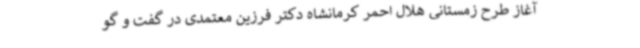
آغاز طرح زمستانی هلال احمر کرمانشاه دکتر فرزین معتمدی در گفت و گو